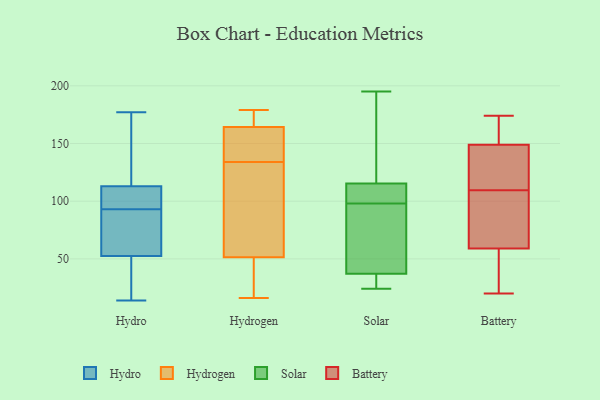
{"axis": {"x": "Inventory Turnover", "y": "Value"}, "legend": ["Battery", "Hydro", "Hydrogen", "Solar"], "data": [{"x": "", "y": 92, "type": "Hydro"}, {"x": "", "y": 106, "type": "Hydro"}, {"x": "", "y": 104, "type": "Hydro"}, {"x": "", "y": 126, "type": "Hydro"}, {"x": "", "y": 60, "type": "Hydro"}, {"x": "", "y": 151, "type": "Hydro"}, {"x": "", "y": 77, "type": "Hydro"}, {"x": "", "y": 177, "type": "Hydro"}, {"x": "", "y": 18, "type": "Hydro"}, {"x": "", "y": 45, "type": "Hydro"}, {"x": "", "y": 120, "type": "Hydro"}, {"x": "", "y": 102, "type": "Hydro"}, {"x": "", "y": 14, "type": "Hydro"}, {"x": "", "y": 94, "type": "Hydro"}, {"x": "", "y": 76, "type": "Hydro"}, {"x": "", "y": 30, "type": "Hydro"}, {"x": "", "y": 22, "type": "Hydrogen"}, {"x": "", "y": 169, "type": "Hydrogen"}, {"x": "", "y": 122, "type": "Hydrogen"}, {"x": "", "y": 116, "type": "Hydrogen"}, {"x": "", "y": 179, "type": "Hydrogen"}, {"x": "", "y": 150, "type": "Hydrogen"}, {"x": "", "y": 30, "type": "Hydrogen"}, {"x": "", "y": 169, "type": "Hydrogen"}, {"x": "", "y": 16, "type": "Hydrogen"}, {"x": "", "y": 138, "type": "Hydrogen"}, {"x": "", "y": 134, "type": "Hydrogen"}, {"x": "", "y": 127, "type": "Solar"}, {"x": "", "y": 195, "type": "Solar"}, {"x": "", "y": 28, "type": "Solar"}, {"x": "", "y": 63, "type": "Solar"}, {"x": "", "y": 107, "type": "Solar"}, {"x": "", "y": 98, "type": "Solar"}, {"x": "", "y": 118, "type": "Solar"}, {"x": "", "y": 24, "type": "Solar"}, {"x": "", "y": 58, "type": "Solar"}, {"x": "", "y": 30, "type": "Solar"}, {"x": "", "y": 100, "type": "Solar"}, {"x": "", "y": 154, "type": "Battery"}, {"x": "", "y": 51, "type": "Battery"}, {"x": "", "y": 44, "type": "Battery"}, {"x": "", "y": 138, "type": "Battery"}, {"x": "", "y": 133, "type": "Battery"}, {"x": "", "y": 20, "type": "Battery"}, {"x": "", "y": 169, "type": "Battery"}, {"x": "", "y": 166, "type": "Battery"}, {"x": "", "y": 67, "type": "Battery"}, {"x": "", "y": 106, "type": "Battery"}, {"x": "", "y": 75, "type": "Battery"}, {"x": "", "y": 144, "type": "Battery"}, {"x": "", "y": 124, "type": "Battery"}, {"x": "", "y": 174, "type": "Battery"}, {"x": "", "y": 76, "type": "Battery"}, {"x": "", "y": 34, "type": "Battery"}, {"x": "", "y": 43, "type": "Battery"}, {"x": "", "y": 113, "type": "Battery"}, {"x": "", "y": 162, "type": "Battery"}, {"x": "", "y": 90, "type": "Battery"}]}